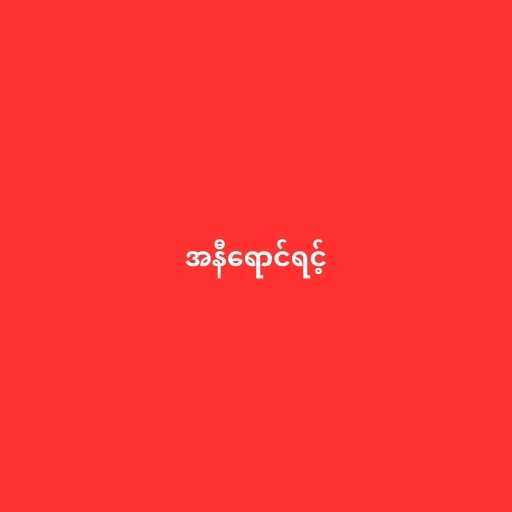
အနီရောင်ရင့်